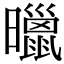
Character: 𣋲